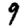
Digit: 9